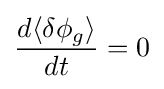
{\frac {d\langle \delta \phi _{g}\rangle }{dt}}=0